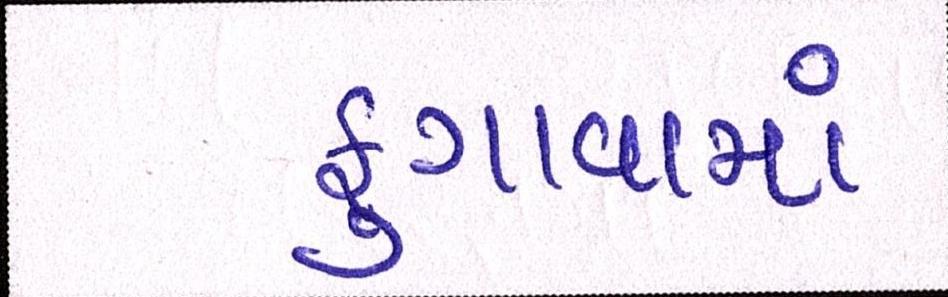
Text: ફુગાવામાં